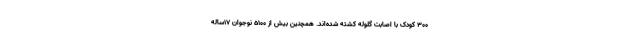
۳۰۰ کودک با اصابت گلوله کشته شده‌اند. همچنین بیش از ۵۱۰۰ نوجوان ۱۷ساله